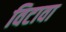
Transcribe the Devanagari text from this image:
विटावा